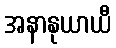
အနာနုယာယီ